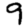
Digit: 9